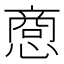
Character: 𪬥